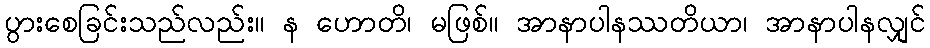
ပွားစေခြင်းသည်လည်း။ န ဟောတိ၊ မဖြစ်။ အာနာပါနဿတိယာ၊ အာနာပါနလျှင်